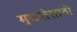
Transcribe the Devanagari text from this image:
मुक्ततेसाठी